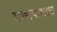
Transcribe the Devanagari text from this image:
गाणपत्याश्च